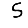
Digit: 5